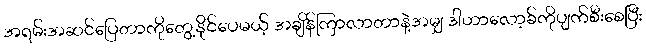
အရမ်းအဆင်ပြေတာကိုတွေ့နိုင်ပေမယ့် အချိန်ကြာလာတာနဲ့အမျှ ဒါဟာလော့ခ်ကိုပျက်စီးစေပြီး